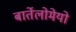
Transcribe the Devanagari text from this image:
बार्तेलोमेयो